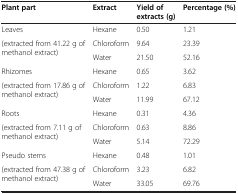
<table><thead><tr><td><b>Plant part</b></td><td><b>Extract</b></td><td><b>Yield of extracts (g)</b></td><td><b>Percentage (%)</b></td></tr></thead><tbody><tr><td>Leaves</td><td>Hexane</td><td>0.50</td><td>1.21</td></tr><tr><td rowspan="2">(extracted from 41.22 g of methanol extract)</td><td>Chloroform</td><td>9.64</td><td>23.39</td></tr><tr><td>Water</td><td>21.50</td><td>52.16</td></tr><tr><td>Rhizomes</td><td>Hexane</td><td>0.65</td><td>3.62</td></tr><tr><td rowspan="2">(extracted from 17.86 g of methanol extract)</td><td>Chloroform</td><td>1.22</td><td>6.83</td></tr><tr><td>Water</td><td>11.99</td><td>67.12</td></tr><tr><td>Roots</td><td>Hexane</td><td>0.31</td><td>4.36</td></tr><tr><td rowspan="2">(extracted from 7.11 g of methanol extract)</td><td>Chloroform</td><td>0.63</td><td>8.86</td></tr><tr><td>Water</td><td>5.14</td><td>72.29</td></tr><tr><td>Pseudo stems</td><td>Hexane</td><td>0.48</td><td>1.01</td></tr><tr><td rowspan="2">(extracted from 47.38 g of methanol extract)</td><td>Chloroform</td><td>3.23</td><td>6.82</td></tr><tr><td>Water</td><td>33.05</td><td>69.76</td></tr></tbody></table>